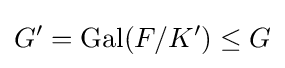
G'=\mathrm {Gal} (F/K')\leq G